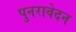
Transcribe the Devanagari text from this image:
पुनरावेदन